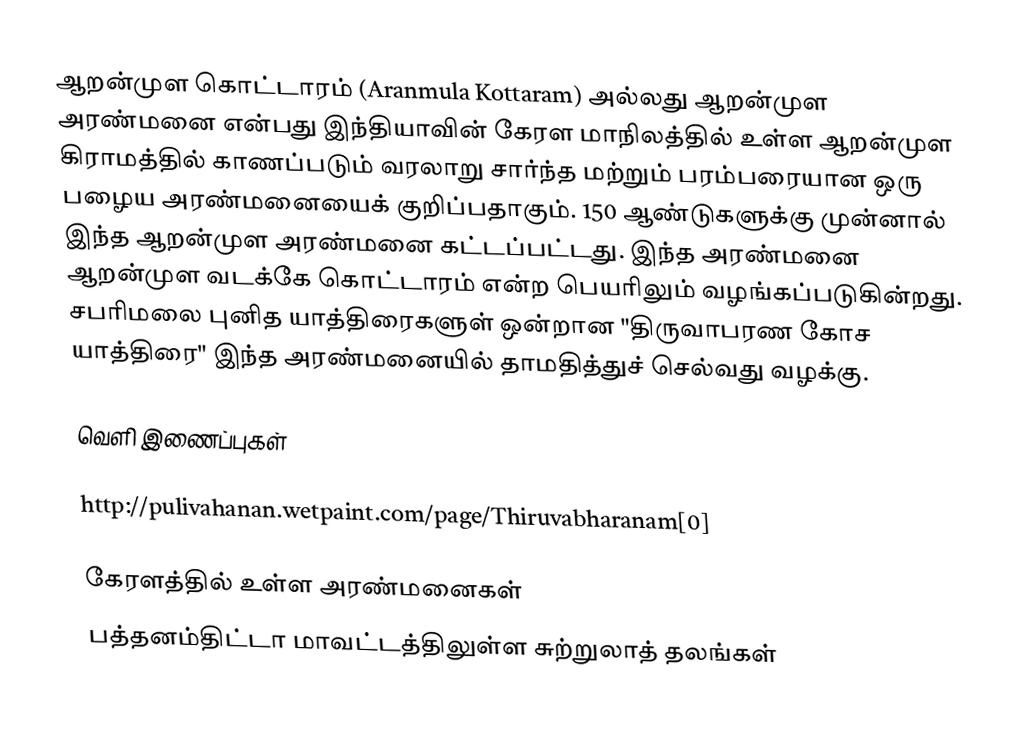
ஆறன்முள கொட்டாரம் (Aranmula Kottaram) அல்லது ஆறன்முள அரண்மனை என்பது இந்தியாவின் கேரள மாநிலத்தில் உள்ள ஆறன்முள கிராமத்தில் காணப்படும் வரலாறு சார்ந்த மற்றும் பரம்பரையான ஒரு பழைய அரண்மனையைக் குறிப்பதாகும். 150 ஆண்டுகளுக்கு முன்னால் இந்த ஆறன்முள அரண்மனை கட்டப்பட்டது. இந்த அரண்மனை ஆறன்முள வடக்கே கொட்டாரம் என்ற பெயரிலும் வழங்கப்படுகின்றது. சபரிமலை புனித யாத்திரைகளுள் ஒன்றான "திருவாபரண கோச யாத்திரை" இந்த அரண்மனையில் தாமதித்துச் செல்வது வழக்கு.

வெளி இணைப்புகள்

 http://pulivahanan.wetpaint.com/page/Thiruvabharanam[0]

கேரளத்தில் உள்ள அரண்மனைகள்
பத்தனம்திட்டா மாவட்டத்திலுள்ள சுற்றுலாத் தலங்கள்